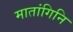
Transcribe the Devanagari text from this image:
मातांगिनि